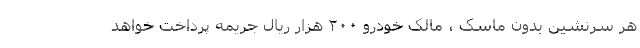
هر سرنشین بدون ماسک ، مالک خودرو ۲۰۰ هزار ریال جریمه پرداخت خواهد